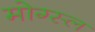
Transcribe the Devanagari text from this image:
मोग्स्ल